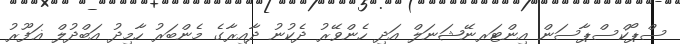
ސްޕޯކްސްޕާސަން އިންޓަރނޭޝަނަލް އަދި ހެންވޭރު ދެކުނު ދާއިރާގެ މެންބަރު ހާމިދު އަބްދުލް ޣަފޫރު